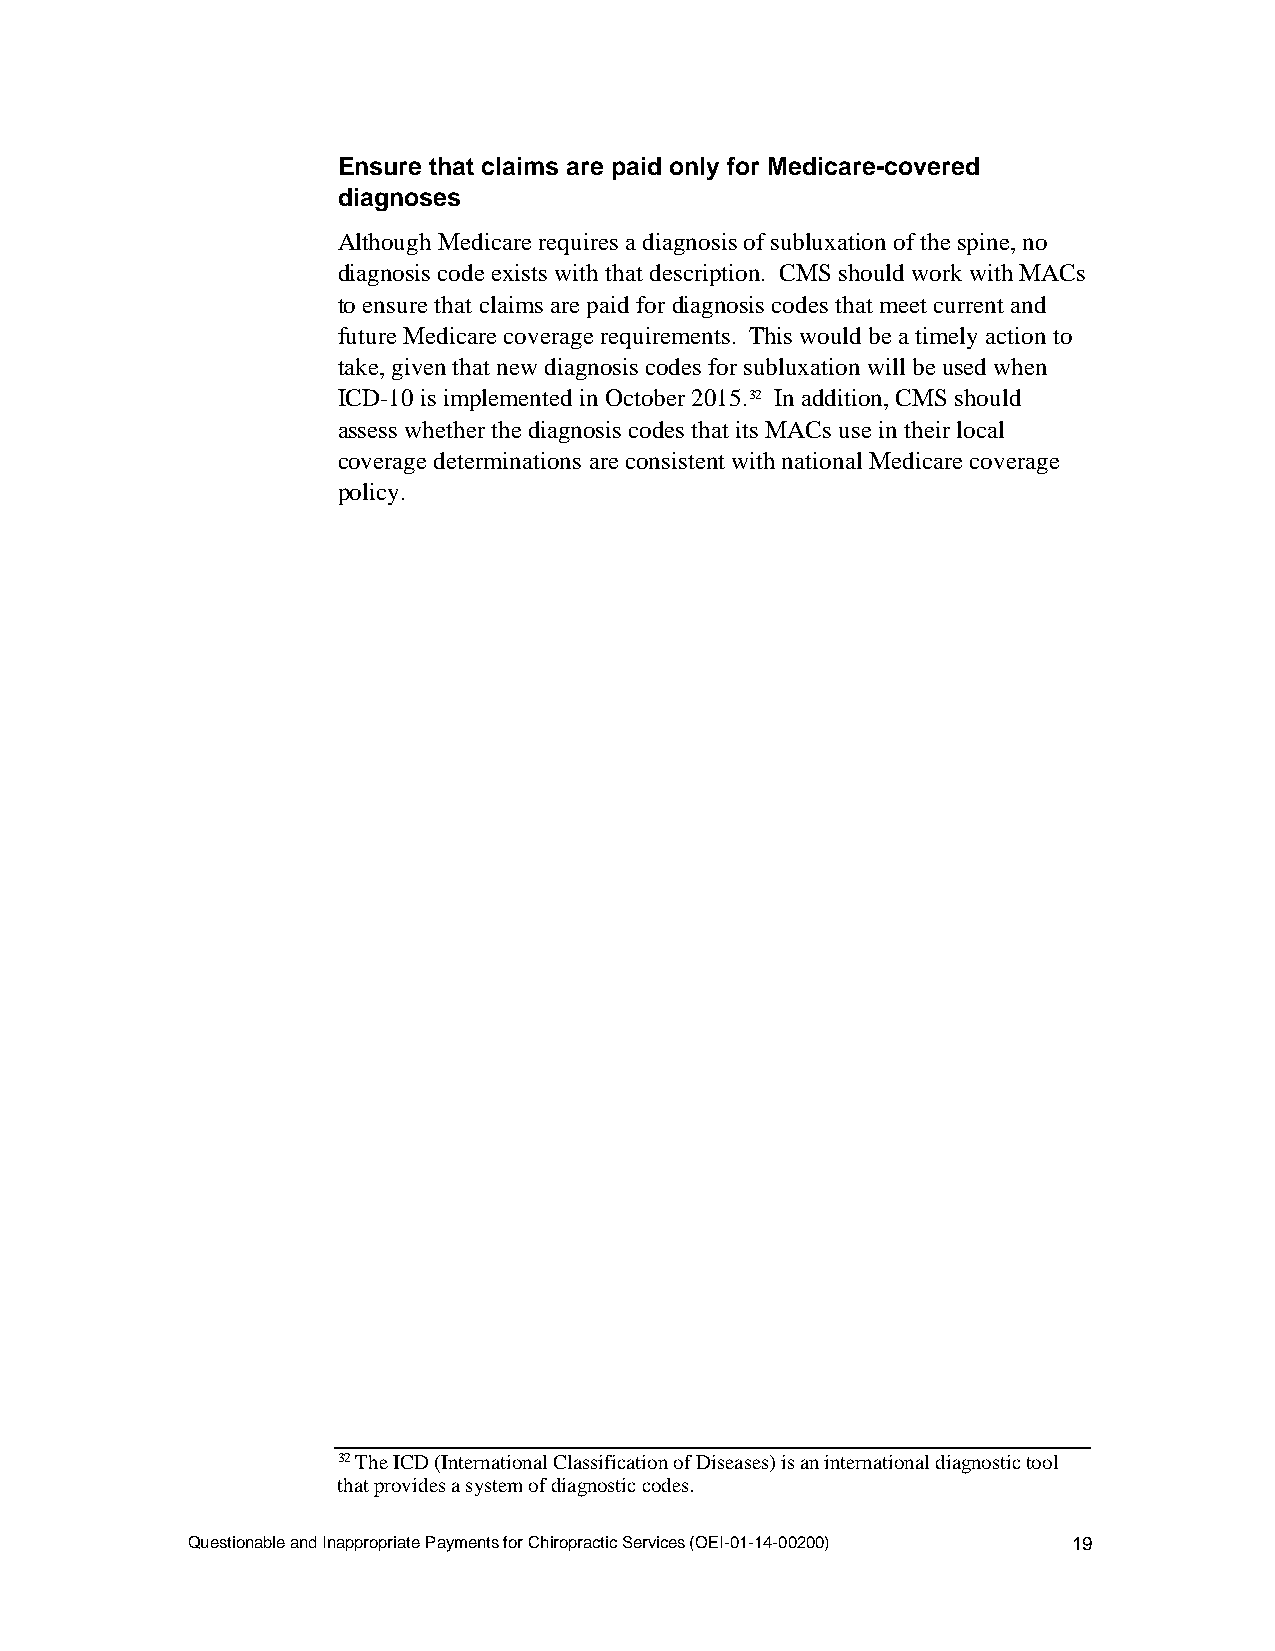
Ensure that claims are paid only for Medicare-covered
 diagnoses
 Although Medicare requires a diagnosis of subluxation of the spine, no
 diagnosis code exists with that description. CMS should work with MACs
 to ensure that claims are paid for diagnosis codes that meet current and
 future Medicare coverage requirements. This would be a timely action to
 take, given that new diagnosis codes for subluxation will be used when
 ICD-10 is implemented in October 2015.32 In addition, CMS should
 assess whether the diagnosis codes that its MACs use in their local
 coverage determinations are consistent with national Medicare coverage
 policy.
 32 The ICD (International Classification of Diseases) is an international diagnostic tool
 that provides a system of diagnostic codes.
 Questionable and Inappropriate Payments for Chiropractic Services (OEI-01-14-00200) 19